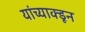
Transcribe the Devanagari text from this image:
यांच्याक्डून